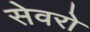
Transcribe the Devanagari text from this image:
सेवरो